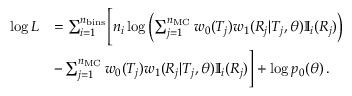
\begin{array} { r l } { \log L } & { = \sum _ { i = 1 } ^ { n _ { \mathrm { b i n s } } } \Biggl [ n _ { i } \log \left( \sum _ { j = 1 } ^ { n _ { \mathrm { M C } } } w _ { 0 } ( T _ { j } ) w _ { 1 } ( R _ { j } | T _ { j } , \theta ) \mathbb { I } _ { i } ( R _ { j } ) \right) } \\ & { - \sum _ { j = 1 } ^ { n _ { \mathrm { M C } } } w _ { 0 } ( T _ { j } ) w _ { 1 } ( R _ { j } | T _ { j } , \theta ) \mathbb { I } _ { i } ( R _ { j } ) \Biggr ] + \log p _ { 0 } ( \theta ) \, . } \end{array}